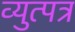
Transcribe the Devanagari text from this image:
व्युत्पत्र